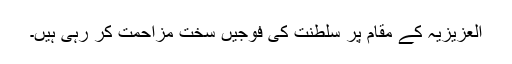
العزیزیہ کے مقام پر سلطنت کی فوجیں سخت مزاحمت کر رہی ہیں۔